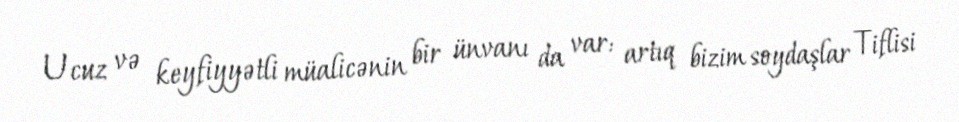
Ucuz və keyfiyyətli müalicənin bir ünvanı da var: artıq bizim soydaşlar Tiflisi